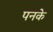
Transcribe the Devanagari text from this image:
पनके